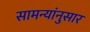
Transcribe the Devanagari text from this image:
सामन्यांनुसार